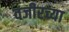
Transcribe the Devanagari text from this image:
वजीरच्या